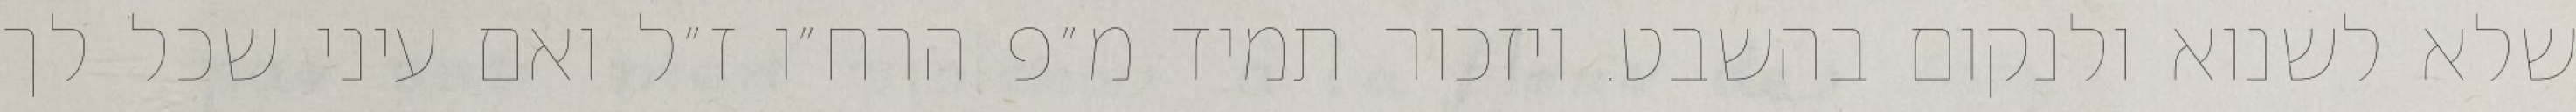
שלא לשנוא ולנקום בהשבט. ויזכור תמיד מ״פ הרח״ו ז״ל ואם עיני שכל לך